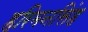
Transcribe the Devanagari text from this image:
हरिमनसिंह